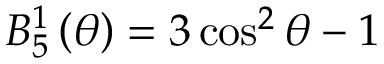
B _ { 5 } ^ { 1 } \left( \theta \right) = 3 \cos ^ { 2 } \theta - 1